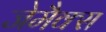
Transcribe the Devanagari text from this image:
जेमैक्स